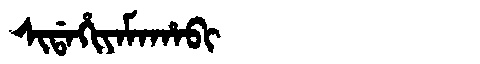
Manchu: ᠰᡳᡩᠠᡥᡳᠶᠠᠮᠠᡥᠠᠪᡳ
Romanization: SIDAHIYAMAHABI